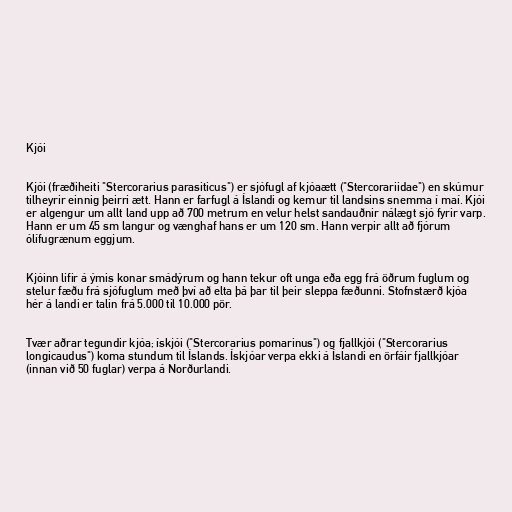
Kjói

Kjói (fræðiheiti "Stercorarius parasiticus") er sjófugl af kjóaætt ("Stercorariidae") en skúmur
tilheyrir einnig þeirri ætt. Hann er farfugl á Íslandi og kemur til landsins snemma í maí. Kjói
er algengur um allt land upp að 700 metrum en velur helst sandauðnir nálægt sjó fyrir varp.
Hann er um 45 sm langur og vænghaf hans er um 120 sm. Hann verpir allt að fjórum
ólífugrænum eggjum.

Kjóinn lifir á ýmis konar smádýrum og hann tekur oft unga eða egg frá öðrum fuglum og
stelur fæðu frá sjófuglum með því að elta þá þar til þeir sleppa fæðunni. Stofnstærð kjóa
hér á landi er talin frá 5.000 til 10.000 pör.

Tvær aðrar tegundir kjóa; ískjói ("Stercorarius pomarinus") og fjallkjói ("Stercorarius
longicaudus") koma stundum til Íslands. Ískjóar verpa ekki á Íslandi en örfáir fjallkjóar
(innan við 50 fuglar) verpa á Norðurlandi.